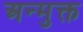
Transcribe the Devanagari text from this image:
अन्मुक्त